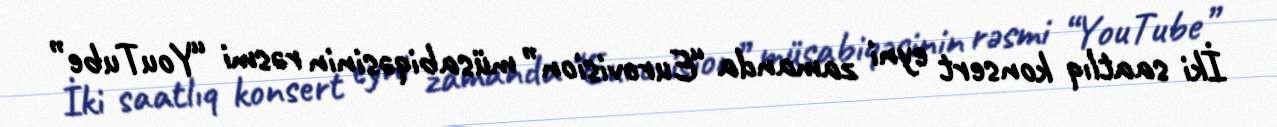
İki saatlıq konsert eyni zamanda “Eurovision” müsabiqəsinin rəsmi “YouTube”